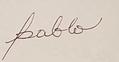
Signature authenticity: forged